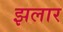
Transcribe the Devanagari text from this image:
झलार